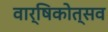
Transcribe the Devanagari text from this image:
वार्षिकोत्‍सव